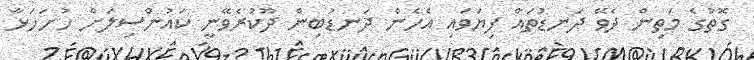
ގޮތުގެ މަތިން ދެވޭ ދަނޑުތައް ފިޔަވައި އެހެން ދަނޑުބިން ދޫކުރެވޭނީ ކައުންސިލަށް ހުށަހަޅާ